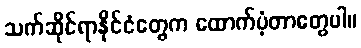
သက်ဆိုင်ရာနိုင်ငံတွေက ထောက်ပံ့တာတွေပါ။